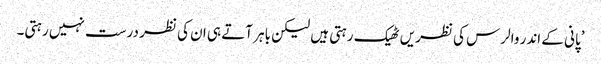
’پانی کے اندر والرس کی نظریں ٹھیک رہتی ہیں لیکن باہر آتے ہی ان کی نظر درست نہیں رہتی۔